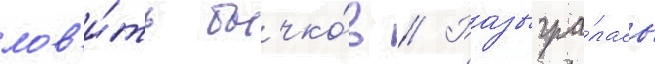
лов'и́ть бычко́в // Разыгра́лась